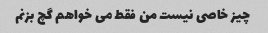
چیز خاصی نیست من فقط می خواهم گچ بزنم